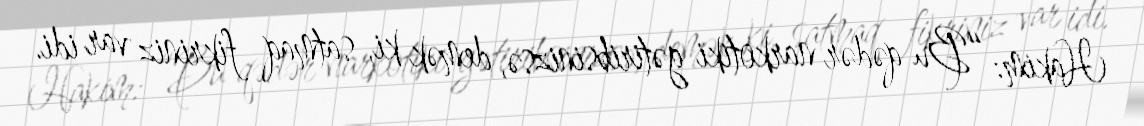
Hakim: “Bu qədər narkotiki gətiribsinizsə, demək ki, satmaq fikriniz var idi.